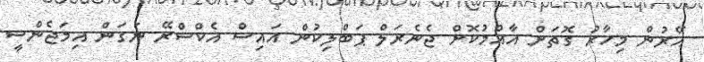
އޭރުން މިހާރު ގޮތަށް އާއްމުކޮށް ޖެނެރަލް ޕަބްލިކުން އައިސް އެކްސްރޭ ނަގަން އިމަޖެންސީ